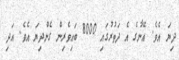
ދިޔަ އެވެ. އޭނާގެ އެ ދަތުރުގައި 8000 ބައިވެރިން ގެންދިޔަ އެވެ. އަދި